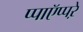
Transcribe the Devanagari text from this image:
प्पाऍप्पऱे